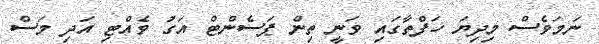
ނަމަވެސް މިދިޔަ ހަފްތާގައި ވަނީ ތިން ޕަސެންޓް އަގު ވެއްޓި އަދި މަސް